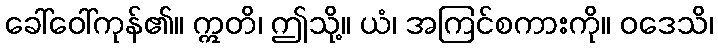
ခေါ်ဝေါ်ကုန်၏။ ဣတိ၊ ဤသို့။ ယံ၊ အကြင်စကားကို။ ဝဒေသိ၊